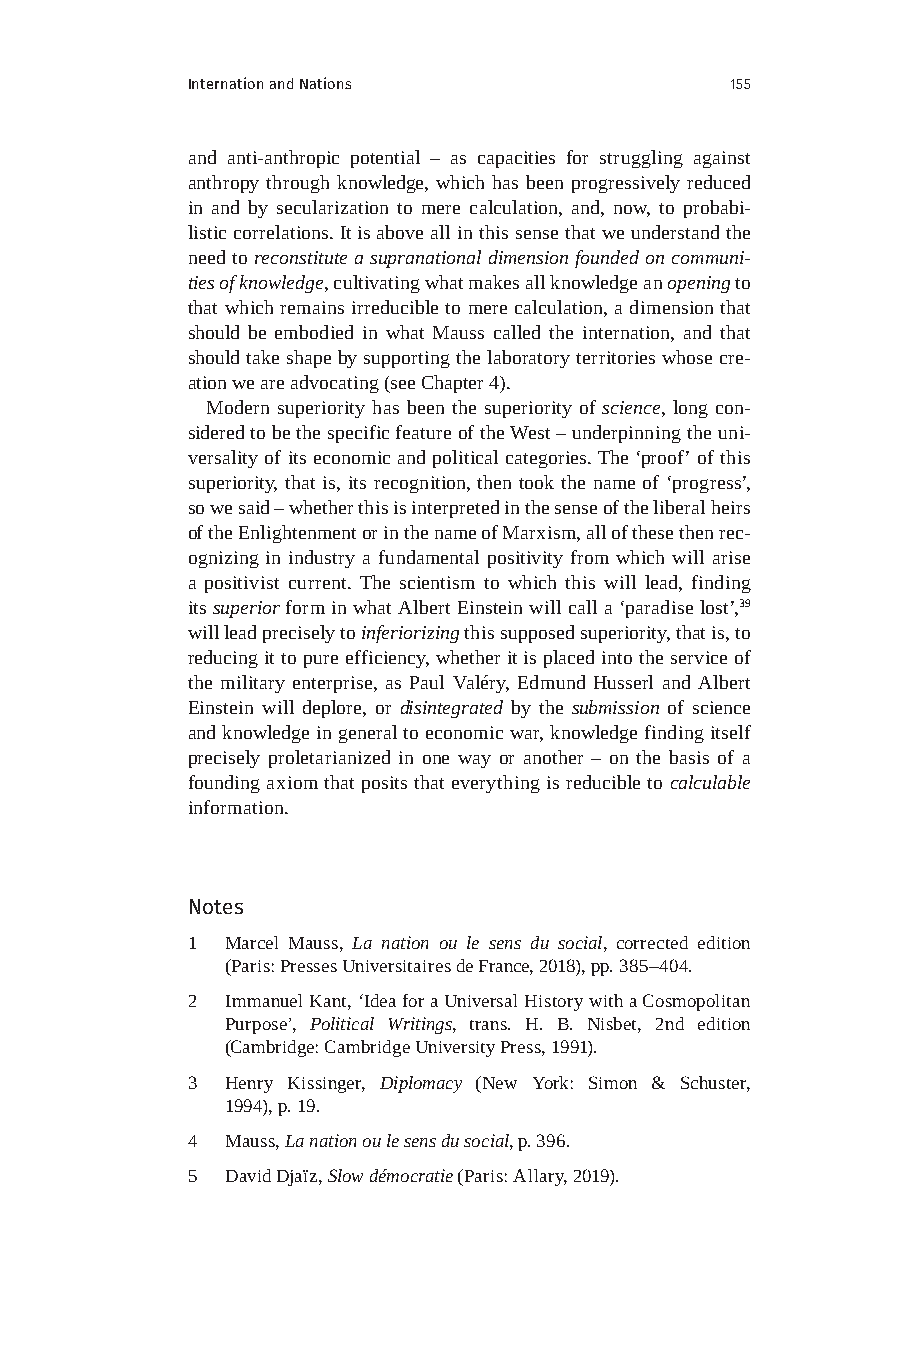
Internation and Nations             155
 and anti-anthropic potential – as capacities for struggling against
 anthropy through knowledge, which has been progressively reduced
 in and by secularization to mere calculation, and, now, to probabi-
 listic correlations. It is above all in this sense that we understand the
 need to reconstitute a supranational dimension founded on communi-
 ties of knowledge, cultivating what makes all knowledge an opening to
 that which remains irreducible to mere calculation, a dimension that
 should be embodied in what Mauss called the internation, and that
 should take shape by supporting the laboratory territories whose cre-
 ation we are advocating (see Chapter 4).
 Modern superiority has been the superiority of science, long con-
 sidered to be the specific feature of the West – underpinning the uni-
 versality of its economic and political categories. The ‘proof’ of this
 superiority, that is, its recognition, then took the name of ‘progress’,
 so we said – whether this is interpreted in the sense of the liberal heirs
 of the Enlightenment or in the name of Marxism, all of these then rec-
 ognizing in industry a fundamental positivity from which will arise
 a positivist current. The scientism to which this will lead, finding
 its superior form in what Albert Einstein will call a ‘paradise lost’,39
 will lead precisely to inferiorizing this supposed superiority, that is, to
 reducing it to pure efficiency, whether it is placed into the service of
 the military enterprise, as Paul Valéry, Edmund Husserl and Albert
 Einstein will deplore, or disintegrated by the submission of science
 and knowledge in general to economic war, knowledge finding itself
 precisely proletarianized in one way or another – on the basis of a
 founding axiom that posits that everything is reducible to calculable
 information.
 Notes
 1  Marcel Mauss, La nation ou le sens du social, corrected edition
 (Paris: Presses Universitaires de France, 2018), pp. 385–404.
 2  Immanuel Kant, ‘Idea for a Universal History with a Cosmopolitan
 Purpose’, Political Writings, trans. H. B. Nisbet, 2nd edition
 (Cambridge: Cambridge University Press, 1991).
 3  Henry Kissinger, Diplomacy (New York: Simon & Schuster,
 1994), p. 19.
 4  Mauss, La nation ou le sens du social, p. 396.
 5  David Djaïz, Slow démocratie (Paris: Allary, 2019).